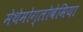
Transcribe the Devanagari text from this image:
मेथेमोग्लोबेमिया